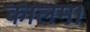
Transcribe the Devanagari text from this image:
कालम।